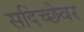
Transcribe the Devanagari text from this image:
सदिच्छेवर